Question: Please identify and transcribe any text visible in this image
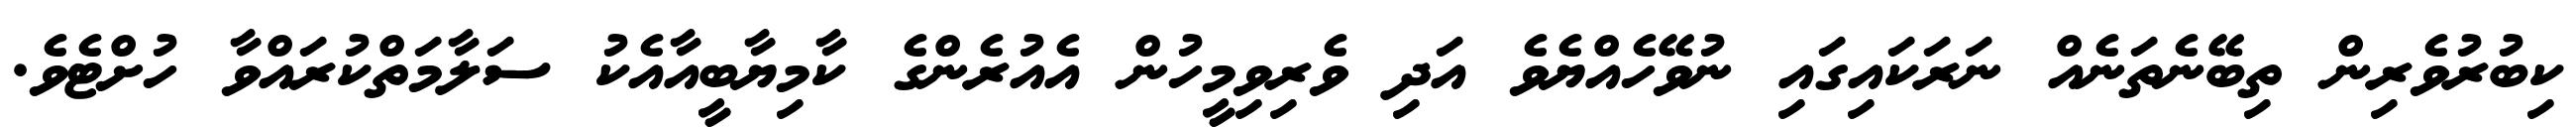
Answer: ކިބުރުވެރިން ތިބޭނެތަނެއް ނަރަކައިގައި ނުވޭހެއްޔެވެ އަދި ވެރިވިމީހުން އެއުރެންގެ ކާމިޔާބީއާއެކު ސަލާމަތްކުރައްވާ ހުށްޓެވެ.